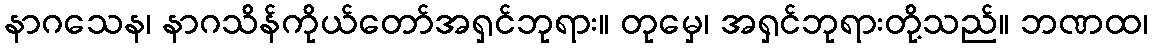
နာဂသေန၊ နာဂသိန်ကိုယ်တော်အရှင်ဘုရား။ တုမှေ၊ အရှင်ဘုရားတို့သည်။ ဘဏထ၊